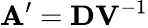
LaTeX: \textbf{A}^{\prime}=\textbf{D}\textbf{V}^{-1}